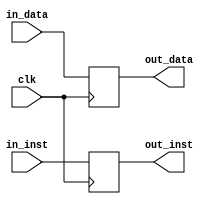
/* 		
		CODED BY Joseph A. 
		GitHub: J-oseph
		February 20, 2022.
*/
`define DW  32
`define IW  32
`timescale 1ps/1ps
module MEM_WB (
	input wire 			clk,	
	input wire [`DW-1:0] 	in_data,		
	input wire [`IW-1:0] in_inst,
	output reg [`DW-1:0] 	out_data,
	output reg [`IW-1:0] out_inst
);

	always @(posedge clk) begin
		out_data <= #7 in_data;
		out_inst <= #7 in_inst;
	end


endmodule